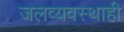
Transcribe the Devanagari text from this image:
जलव्यवस्थाही